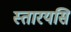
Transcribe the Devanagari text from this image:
स्तारयसि